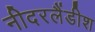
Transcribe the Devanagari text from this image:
नीदरलैंडीश